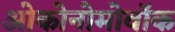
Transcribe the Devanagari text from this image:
ओकोनोमोवॉक